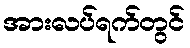
အားလပ်ရက်တွင်